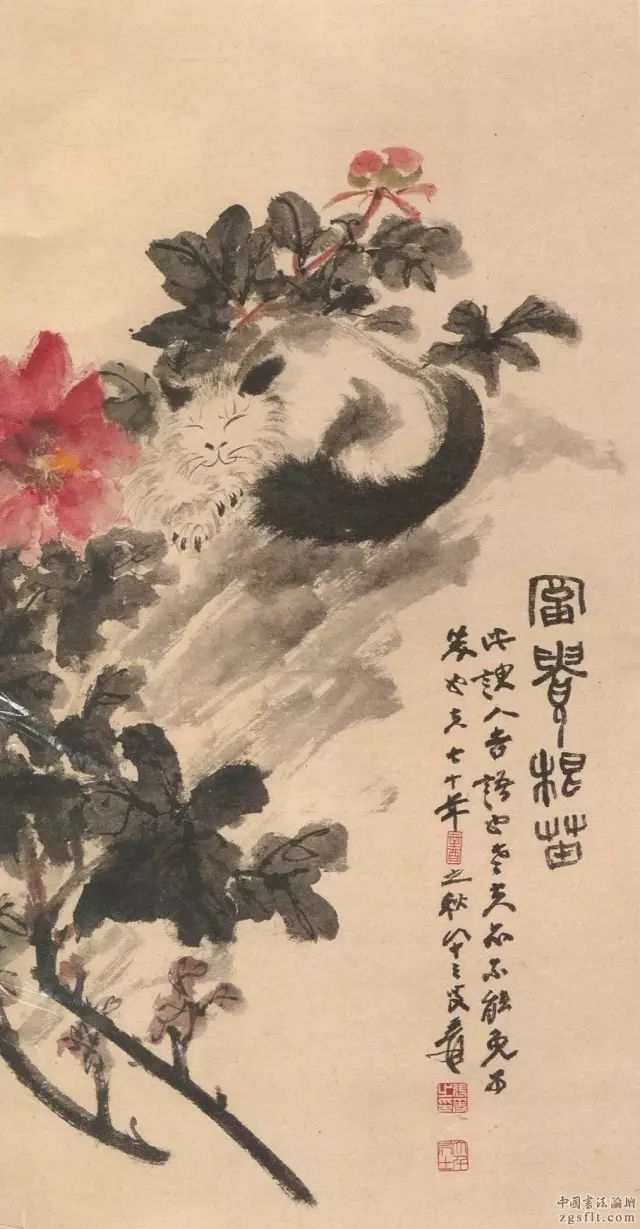
满目飞花万点，回首故人千里，把酒沃愁肠。